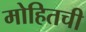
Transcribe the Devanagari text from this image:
मोहितची